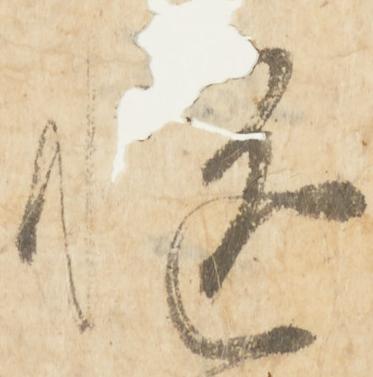
慥